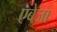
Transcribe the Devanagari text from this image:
एबेजा